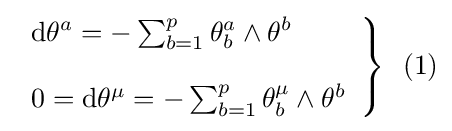
\left.{\begin{array}{l}\mathrm {d} \theta ^{a}=-\sum _{b=1}^{p}\theta _{b}^{a}\wedge \theta ^{b}\\\\0=\mathrm {d} \theta ^{\mu }=-\sum _{b=1}^{p}\theta _{b}^{\mu }\wedge \theta ^{b}\end{array}}\right\}\,\,\,(1)